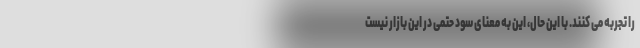
را تجربه می کنند. با این حال، این به معنای سود حتمی در این بازار نیست